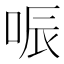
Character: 㖘